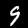
Digit: 9